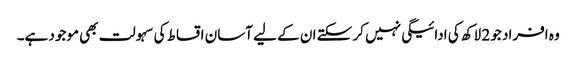
وہ افراد جو 2 لاکھ کی ادائیگی نہیں کر سکتے ان کے لیے آسان اقساط کی سہولت بھی موجود ہے۔